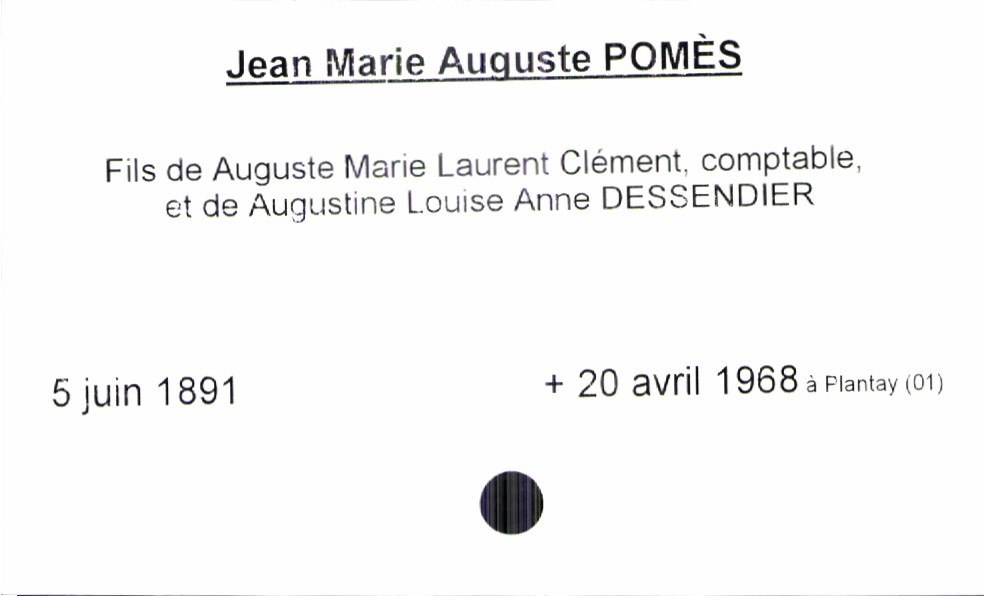
type_acte: Baptême
filiation: fils
enfant_prénom: Jean Marie Auguste
enfant_date_de_naissance: 5 juin 1891
enfant_date_de_décès: 20 avril 1968
enfant_lieu_de_décès: Plantay (01)
père_enfant_nom: Pomès
père_enfant_prénom: Auguste Marie Laurent Clément
père_enfant_profession: comptable
mère_enfant_nom: Dessendier
mère_enfant_prénom: Augustine Louise Anne